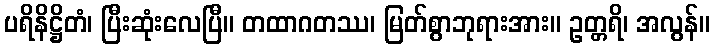
ပရိနိဋ္ဌိတံ၊ ပြီးဆုံးလေပြီ။ တထာဂတဿ၊ မြတ်စွာဘုရားအား။ ဥတ္တရိ၊ အလွန်။